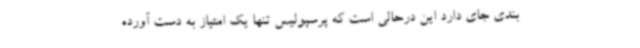
بندی جای دارد این درحالی است که پرسپولیس تنها یک امتیاز به دست آورده